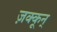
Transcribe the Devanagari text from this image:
ज़क्कून्